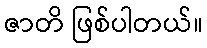
ဇာတိ ဖြစ်ပါတယ်။